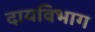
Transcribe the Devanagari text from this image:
दायविभाग